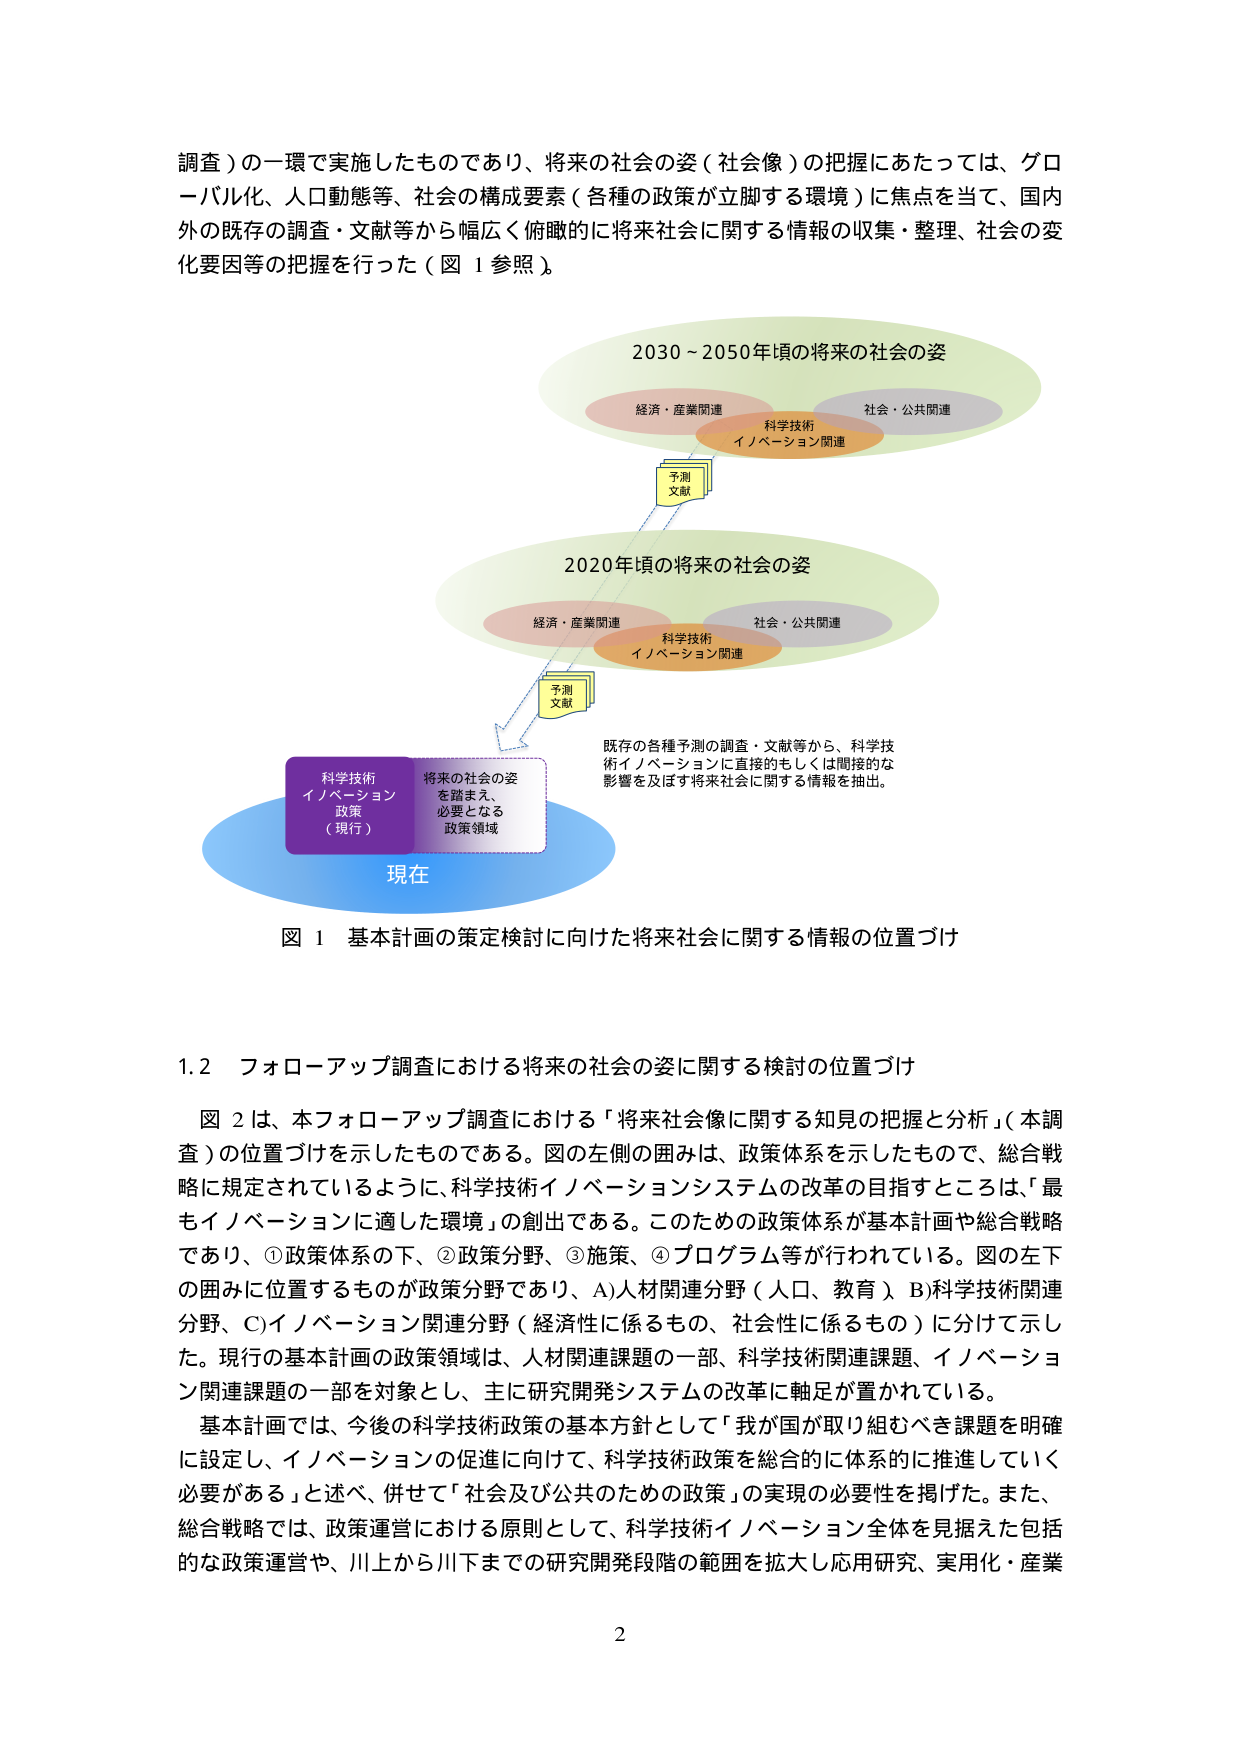
調査）の一環で実施したものであり、将来の社会の姿（社会像）の把握にあたっては、グローバル化、人口動態等、社会の構成要素（各種の政策が立脚する環境）に焦点を当て、国内外の既存の調査・文献等から幅広く俯瞰的に将来社会に関する情報の収集・整理、社会の変化要因等の把握を行った（図１参照）。

2030～2050年頃の将来の社会の姿
経済・産業関連
科学技術
イノベーション関連
社会・公共関連
予測
文献

2020年頃の将来の社会の姿
経済・産業関連
科学技術
イノベーション関連
社会・公共関連
予測
文献

既存の各種予測の調査・文献等から、科学技術イノベーションに直接的もしくは間接的な影響を及ぼす将来社会に関する情報を抽出。

科学技術
イノベーション
政策
（現行）
将来の社会の姿
を踏まえ、
必要となる
政策領域

現在

図１ 基本計画の策定検討に向けた将来社会に関する情報の位置づけ

1.2 フォローアップ調査における将来の社会の姿に関する検討の位置づけ

図２は、本フォローアップ調査における「将来社会像に関する知見の把握と分析」（本調査）の位置づけを示したものである。図の左側の囲みは、政策体系を示したもので、総合戦略に規定されているように、科学技術イノベーションシステムの改革の目指すところは、「最もイノベーションに適した環境」の創出である。このための政策体系が基本計画や総合戦略であり、①政策体系の下、②政策分野、③施策、④プログラム等が行われている。図の左下の囲みに位置するものが政策分野であり、A)人材関連分野（人口、教育）、B)科学技術関連分野、C)イノベーション関連分野（経済性に係るもの、社会性に係るもの）に分けて示した。現行の基本計画の政策領域は、人材関連課題の一部、科学技術関連課題、イノベーション関連課題の一部を対象とし、主に研究開発システムの改革に軸足が置かれている。

基本計画では、今後の科学技術政策の基本方針として「我が国が取り組むべき課題を明確に設定し、イノベーションの促進に向けて、科学技術政策を総合的に体系的に推進していく必要がある」と述べ、併せて「社会及び公共のための政策」の実現の必要性を掲げた。また、総合戦略では、政策運営における原則として、科学技術イノベーション全体を見据えた包括的な政策運営や、川上から川下までの研究開発段階の範囲を拡大し応用研究、実用化・産業

2